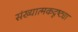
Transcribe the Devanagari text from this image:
संख्यात्मकदृष्ट्या